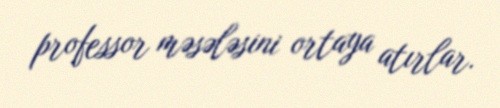
professor məsələsini ortaya atırlar.